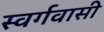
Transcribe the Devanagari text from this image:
स्‍वर्गवासी